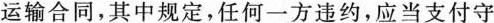
运输合同，其中规定，任何一方违约，应当支付守